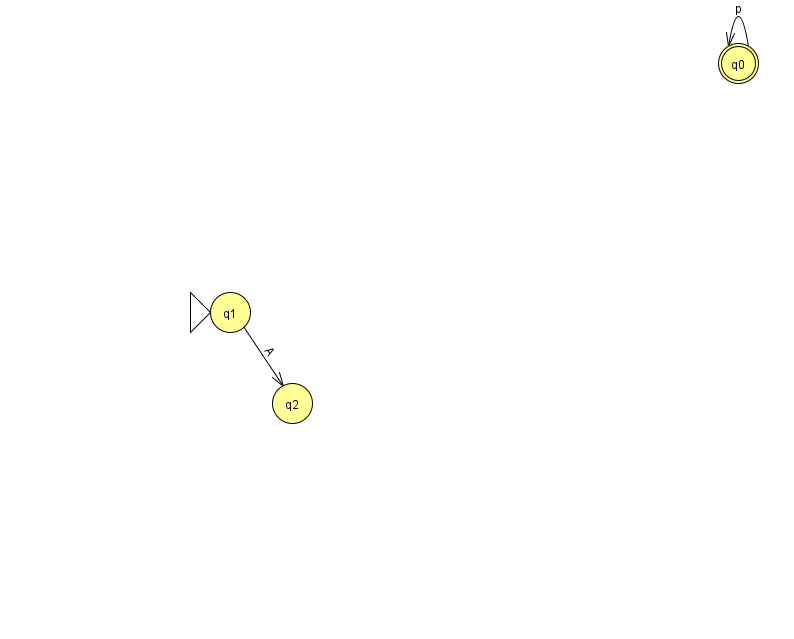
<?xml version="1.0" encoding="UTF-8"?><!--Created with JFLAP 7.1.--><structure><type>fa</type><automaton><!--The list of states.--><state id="0" name="q0"><x>738.0</x><y>50.0</y><final/></state><state id="1" name="q1"><x>230.0</x><y>299.0</y><initial/></state><state id="2" name="q2"><x>292.0</x><y>390.0</y></state><!--The list of transitions.--><transition><from>0</from><to>0</to><read>p</read></transition><transition><from>1</from><to>2</to><read>A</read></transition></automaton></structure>